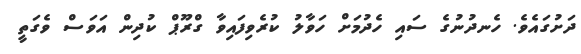
ދަށުގައެވެ. ހެނދުނުގެ ސައި ހެދުމަށް ހަވާލު ކުރެވިފައިވާ ގްރޫޕް ކުދިން އަވަސް ވެގަތީ